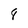
Character: 8